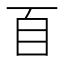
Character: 𦣻